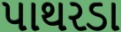
પાથરડા